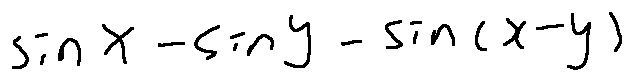
\sin x - \sin y - \sin ( x - y )